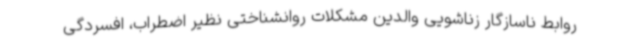
روابط ناسازگار زناشویی والدین مشکلات روانشناختی نظیر اضطراب، افسردگی